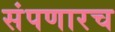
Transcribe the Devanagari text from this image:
संपणारच